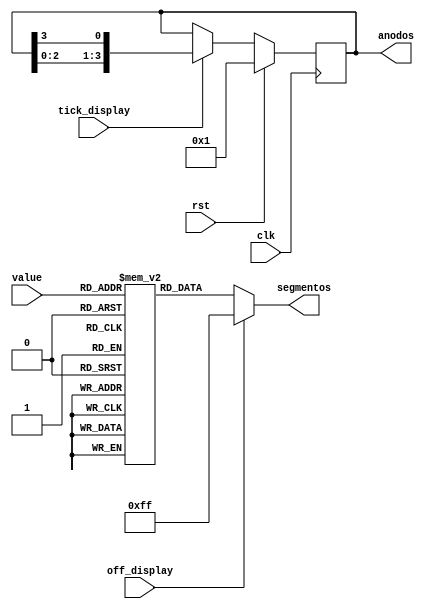
// -----------------------------------------------------------------------------
// Autor: Angel Terrones <aterrones@usb.ve>
// Modulo: Driver 7-segmentos
// -----------------------------------------------------------------------------
`default_nettype none
`timescale 1ns / 1ps

module driver7seg(
                  input wire       clk,
                  input wire       rst,
                  input wire       tick_display,
                  input wire [3:0] value,
                  input wire       off_display,
                  output reg [3:0] anodos,
                  output reg [7:0] segmentos
                  );
    //--------------------------------------------------------------------------
    reg [7:0] segment_ROM [0:15];

    initial begin
        segment_ROM[0]  = 8'h03;
        segment_ROM[1]  = 8'h9f;
        segment_ROM[2]  = 8'h25;
        segment_ROM[3]  = 8'h0d;
        segment_ROM[4]  = 8'h99;
        segment_ROM[5]  = 8'h49;
        segment_ROM[6]  = 8'h41;
        segment_ROM[7]  = 8'h1f;
        segment_ROM[8]  = 8'h01;
        segment_ROM[9]  = 8'h09;
        segment_ROM[10] = 8'h11;
        segment_ROM[11] = 8'hc1;
        segment_ROM[12] = 8'h63;
        segment_ROM[13] = 8'h85;
        segment_ROM[14] = 8'h61;
        segment_ROM[15] = 8'h71;
    end

    always @(posedge clk) begin
        if (rst)               anodos <= 4'b0001;
        else if (tick_display) anodos <= {anodos[2:0],anodos[3]};
    end

    always @(
        segment_ROM[0],
		segment_ROM[1], 
        segment_ROM[2], 
        segment_ROM[4],
        segment_ROM[5],
        segment_ROM[6],
        segment_ROM[7],
        segment_ROM[8],
        segment_ROM[9],
        segment_ROM[10],
        segment_ROM[11],
        segment_ROM[12],
        segment_ROM[13],
        segment_ROM[14],
        segment_ROM[15],
		off_display,
		value) begin
		  
        if (off_display) begin
            segmentos = 8'hff;
        end else begin
            segmentos = segment_ROM[value];
        end
    end
    //--------------------------------------------------------------------------
endmodule
// EOF